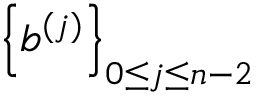
\left\{ b ^ { ( j ) } \right\} _ { 0 \leq j \leq n - 2 }